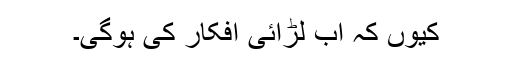
کیوں کہ اب لڑائی افکار کی ہوگی۔